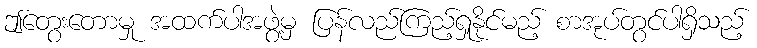
ဤတွေးတောမှု အထက်ပါအဖွဲ့မှ ပြန်လည်ကြည့်ရှုနိုင်မည့် စာအုပ်တွင်ပါရှိသည့်